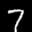
Label: 7